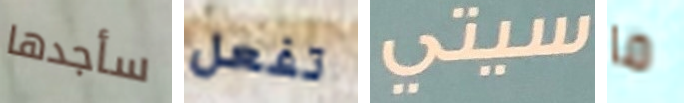
سأجدها تفعل سيتي ما